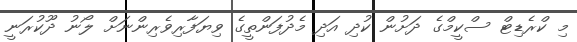
މި ކްރެޑިޓް ސްކީމްގެ ދަށުން ކުދި އަދި މެދުފަންތީގެ ވިޔަފާރިވެރިންނަށް ލޯނު ދޫކުރަނީ